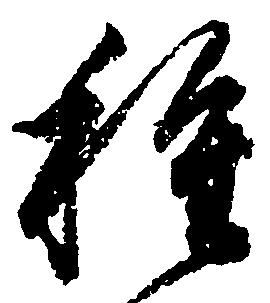
種